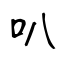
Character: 叭